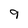
Character: 9